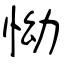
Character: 怮